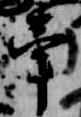
牽